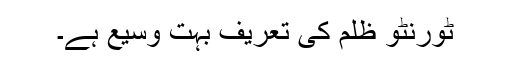
ٹورنٹو ظلم کی تعریف بہت وسیع ہے۔